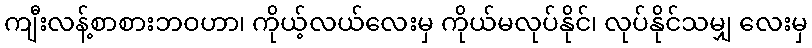
ကျီးလန့်စာစားဘဝဟာ၊ ကိုယ့်လယ်လေးမှ ကိုယ်မလုပ်နိုင်၊ လုပ်နိုင်သမျှ လေးမှ